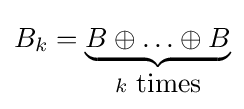
B_{k}=\underbrace {B\oplus \ldots \oplus B} _{k{\mbox{ times}}}